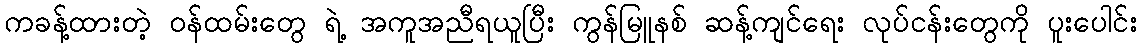
ကခန့်ထားတဲ့ ဝန်ထမ်းတွေ ရဲ့ အကူအညီရယူပြီး ကွန်မြူနစ် ဆန့်ကျင်ရေး လုပ်ငန်းတွေကို ပူးပေါင်း